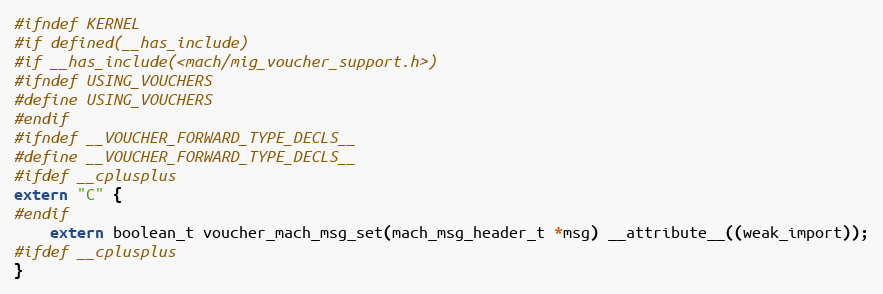
Language: C
#ifndef KERNEL
#if defined(__has_include)
#if __has_include(<mach/mig_voucher_support.h>)
#ifndef USING_VOUCHERS
#define USING_VOUCHERS
#endif
#ifndef __VOUCHER_FORWARD_TYPE_DECLS__
#define __VOUCHER_FORWARD_TYPE_DECLS__
#ifdef __cplusplus
extern "C" {
#endif
	extern boolean_t voucher_mach_msg_set(mach_msg_header_t *msg) __attribute__((weak_import));
#ifdef __cplusplus
}